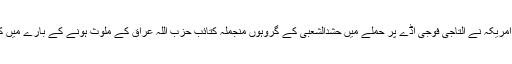
ایک اور اہم مسئلہ یہ ہے کہ امریکہ نے التاجی فوجی اڈے پر حملے میں حشدالشعبی کے گروہوں منجملہ کتائب حزب اللہ عراق کے ملوث ہونے کے بارے میں کوئی ثبوت پیش نہیں کیا ہے۔